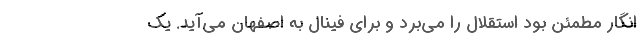
انگار مطمئن بود استقلال را می‌برد و برای فینال به اصفهان می‌آید. یک